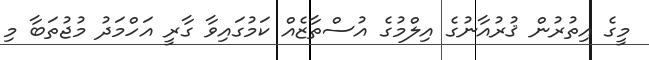
މީގެ އިތުރުން ޤުރުއާނުގެ އިލްމުގެ އުސްތާޒެއް ކަމުގައިވާ ގާރީ އަހްމަދު މުޖުތަބާ މި